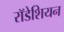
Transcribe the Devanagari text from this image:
राॅडेशियन